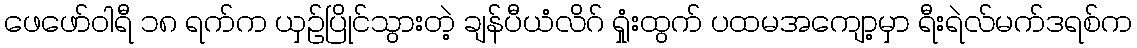
ဖေဖော်ဝါရီ ၁၈ ရက်က ယှဉ်ပြိုင်သွားတဲ့ ချန်ပီယံလိဂ် ရှုံးထွက် ပထမအကျော့မှာ ရီးရဲလ်မက်ဒရစ်က